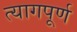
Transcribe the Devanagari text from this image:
त्यागपूर्ण